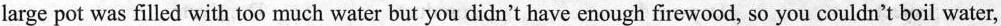
large pot was filled with too much water but you didn't have enough firewood, so you couldn't boil water,